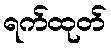
ရက်ထုတ်